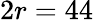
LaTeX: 2r=44